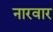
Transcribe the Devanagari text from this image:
नारवार